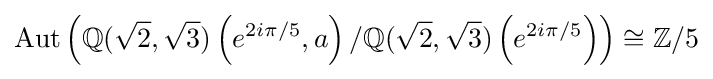
\mathrm {Aut} \left(\mathbb {Q} ({\sqrt {2}},{\sqrt {3}})\left(e^{2i\pi /5},a\right)/\mathbb {Q} ({\sqrt {2}},{\sqrt {3}})\left(e^{2i\pi /5}\right)\right)\cong \mathbb {Z} /5